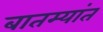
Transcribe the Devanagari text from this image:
बातम्‍यांत